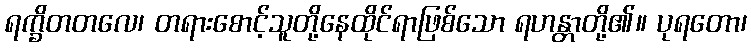
ရက္ခိတတလေ၊ တရားစောင့်သူတို့နေထိုင်ရာဖြစ်သော ရဟန္တာတို့၏။ ပုရတော၊